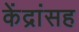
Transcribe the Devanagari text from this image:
केंद्रांसह